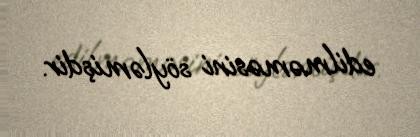
edilməməsini söyləmişdir.